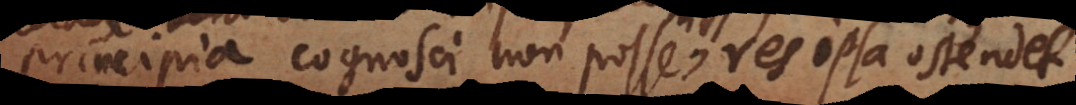
principia cognosci non posse, res ipsa ostendet.